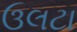
ઉલટા